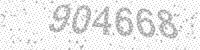
Solution: 904668